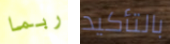
ربما بالتأكيد